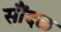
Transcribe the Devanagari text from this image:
सौंदळ